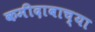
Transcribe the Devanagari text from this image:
कमीदाबाच्या